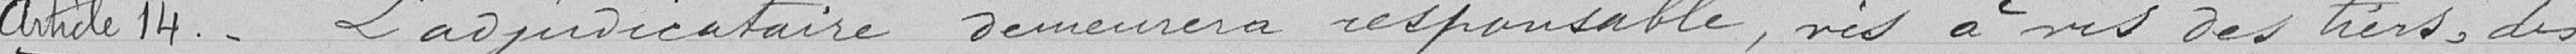
Article 14 - Adjudicataire demeurera responsable, vis à vis des tiers, des